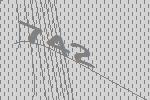
742